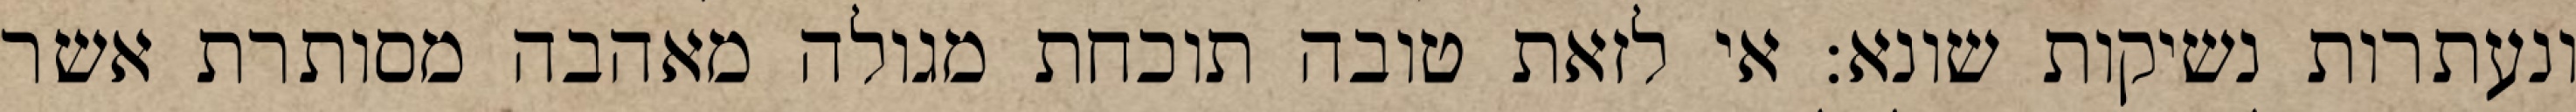
ונעתרות נשיקות שונא: אי לזאת טובה תוכחת מגולה מאהבה מסותרת אשר